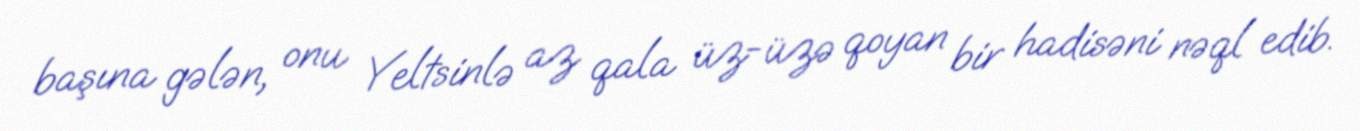
başına gələn, onu Yeltsinlə az qala üz-üzə qoyan bir hadisəni nəql edib.